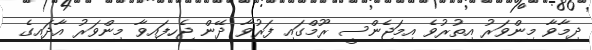
ދިމާވާ މިންވަރު އިތުރުވެ އިމަޖެންސީ ރޫމްގައި ފަރުވާ ދޭން ޖެހިފައިވާ މިންވަރު އާދައިގެ